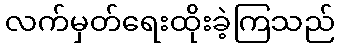
လက်မှတ်ရေးထိုးခဲ့ကြသည်